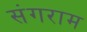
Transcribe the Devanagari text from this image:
संगराम